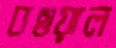
বওয়াল